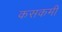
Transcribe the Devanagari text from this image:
कसकमी